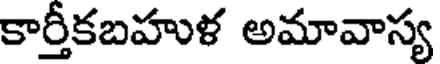
కార్తీకబహుళ అమావాస్య